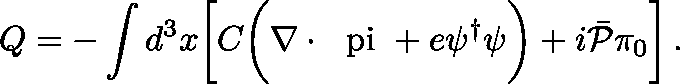
Q = - \int d ^ { 3 } x \biggl [ C \biggl ( \nabla \cdot \mathrm { \boldmath ~ \ p i ~ } + e \psi ^ { \dagger } \psi \biggr ) + i { \bar { \cal P } } \pi _ { 0 } \biggr ] \, .